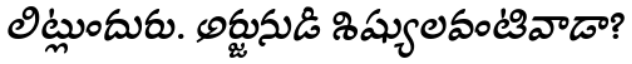
లిట్లుందురు. అర్జునుడి శిష్యులవంటివాడా?